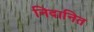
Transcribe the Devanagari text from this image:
निदानित